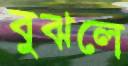
বুঝলে